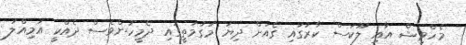
މެހްވިޝް އާއި ލޫކަސް ކާރުގައި ގެއަށް ދިޔަ މަގުމަތީގައި ދެމީހުންވެސް ދެއްކީ އަމިއްލަ